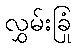
လွှမ်းခြုံ